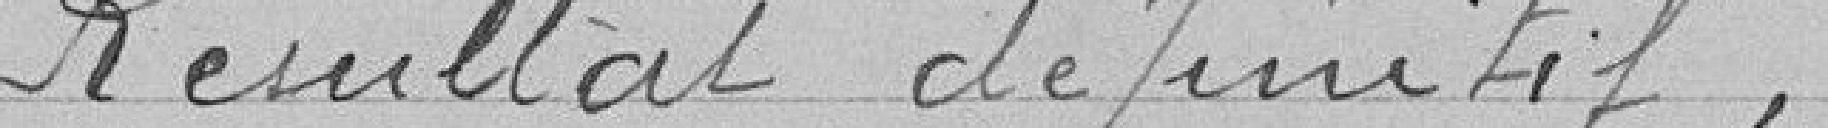
Résultat définitif,